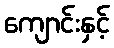
ကျောင်းနှင့်